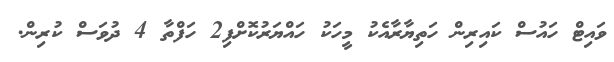
ވައިޓް ހައުސް ކައިރިން ހަތިޔާރާއެކު މީހަކު ހައްޔަރުކޮށްފި2 ހަފްތާ 4 ދުވަސް ކުރިން.